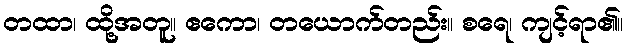
တထာ၊ ထို့အတူ။ ဧကော၊ တယောက်တည်း။ စရေ၊ ကျင့်ရာ၏။